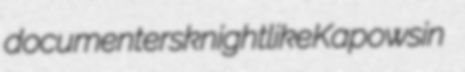
documenters knightlike Kapowsin